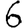
Digit: 6